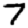
Digit: 7